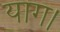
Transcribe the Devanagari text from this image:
याग।